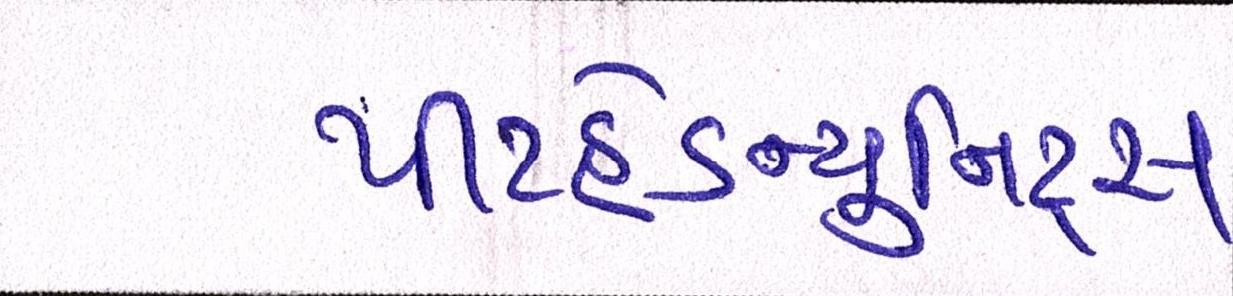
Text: પીટહેડ-યુનિટ્સ